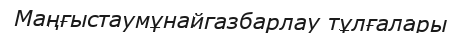
Маңғыстаумұнайгазбарлау тұлғалары